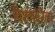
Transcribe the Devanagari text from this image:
विश्वावरेला